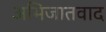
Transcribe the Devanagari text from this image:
अभिजातवाद